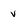
Character: v